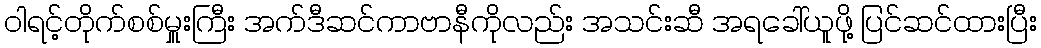
ဝါရင့်တိုက်စစ်မှူးကြီး အက်ဒီဆင်ကာဗာနီကိုလည်း အသင်းဆီ အရခေါ်ယူဖို့ ပြင်ဆင်ထားပြီး